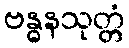
ဗန္ဓနသုတ္တံ